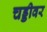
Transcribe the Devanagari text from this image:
चड्डीवर